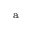
^ { \mathrm { a } }